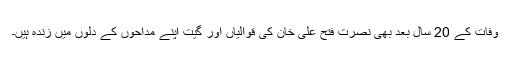
وفات کے 20 سال بعد بھی نصرت فتح علی خان کی قوالیاں اور گیت اپنے مداحوں کے دلوں میں زندہ ہیں۔